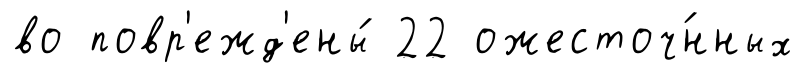
во повр'ежд'ены́ 22 ожесточ́нных